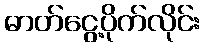
ဓာတ်ငွေ့ပိုက်လိုင်း